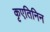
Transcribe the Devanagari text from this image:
कृएतिनिन